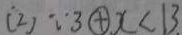
( 2 ) \because 3 \textcircled { + } x < 1 3 .